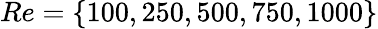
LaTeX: Re=\{ 100,250,500,750,1000\}